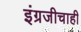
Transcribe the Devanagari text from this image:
इंग्रजीचाही